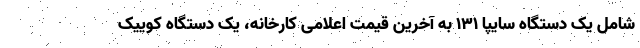
شامل یک دستگاه سایپا ۱۳۱ به آخرین قیمت اعلامی کارخانه، یک دستگاه کوییک